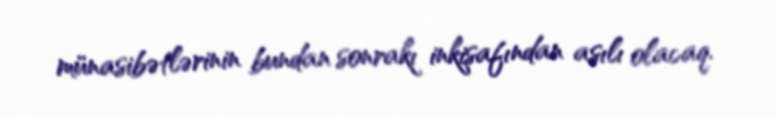
münasibətlərinin bundan sonrakı inkişafından asılı olacaq.